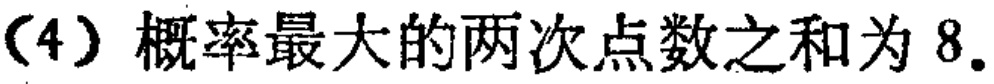
（4）概率最大的两次点数之和为 8.